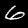
Digit: 6